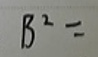
$B^{2}=$